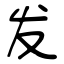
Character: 发